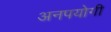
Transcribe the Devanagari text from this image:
अनपयोगी